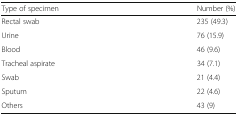
<table><thead><tr><td><b>Type of specimen</b></td><td><b>Number (%)</b></td></tr></thead><tbody><tr><td>Rectal swab</td><td>235 (49.3)</td></tr><tr><td>Urine</td><td>76 (15.9)</td></tr><tr><td>Blood</td><td>46 (9.6)</td></tr><tr><td>Tracheal aspirate</td><td>34 (7.1)</td></tr><tr><td>Swab</td><td>21 (4.4)</td></tr><tr><td>Sputum</td><td>22 (4.6)</td></tr><tr><td>Others</td><td>43 (9)</td></tr></tbody></table>